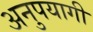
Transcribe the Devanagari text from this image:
अनुपयागी